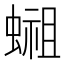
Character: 𬠢